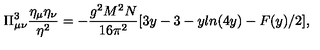
\Pi _ { \mu \nu } ^ { 3 } \frac { \eta _ { \mu } \eta _ { \nu } } { \eta ^ { 2 } } = - \frac { g ^ { 2 } M ^ { 2 } N } { 1 6 \pi ^ { 2 } } [ 3 y - 3 - y l n ( 4 y ) - F ( y ) / 2 ] ,